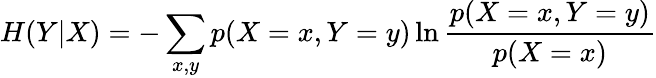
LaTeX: H(Y|X)=-\sum_{x,y}p(X=x,Y=y)\ln\frac{p(X=x,Y=y)}{p(X=x)}